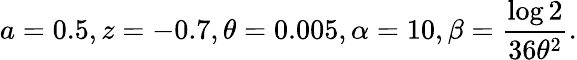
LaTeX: a=0.5,z=-0.7,\theta=0.005,\alpha=10,\beta=\frac{\log 2}{36\theta^{2}}.